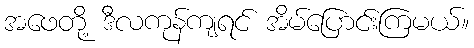
အဖေတို့ ဒီလကုန်ကျရင် အိမ်ပြောင်းကြမယ်။